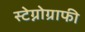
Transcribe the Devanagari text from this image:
स्टेग्नोग्राफी